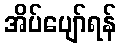
အိပ်ပျော်ရန်